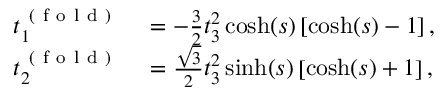
\begin{array} { r l } { t _ { 1 } ^ { \mathrm { ~ ( ~ f ~ o ~ l ~ d ~ ) ~ } } } & { { } = - \frac { 3 } { 2 } t _ { 3 } ^ { 2 } \cosh ( s ) \left[ \cosh ( s ) - 1 \right] , } \\ { t _ { 2 } ^ { \mathrm { ~ ( ~ f ~ o ~ l ~ d ~ ) ~ } } } & { { } = \frac { \sqrt { 3 } } { 2 } t _ { 3 } ^ { 2 } \sinh ( s ) \left[ \cosh ( s ) + 1 \right] , } \end{array}